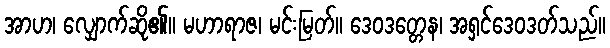
အာဟ၊ လျှောက်ဆို၏။ မဟာရာဇ၊ မင်းမြတ်။ ဒေဝဒတ္တေန၊ အရှင်ဒေဝဒတ်သည်။